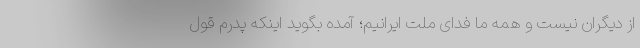
از دیگران نیست و همه ما فدای ملت ایرانیم؛ آمده بگوید اینکه پدرم قول